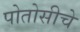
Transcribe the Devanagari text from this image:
पोतोसीचे